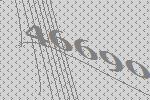
46690